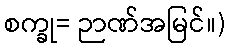
စက္ခု= ဉာဏ်အမြင်။)